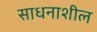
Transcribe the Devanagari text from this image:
साधनाशील